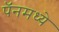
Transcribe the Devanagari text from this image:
पॅनमध्ये